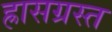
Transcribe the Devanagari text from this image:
ह्रासग्रस्त